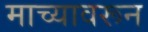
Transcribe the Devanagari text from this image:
माच्यावरून